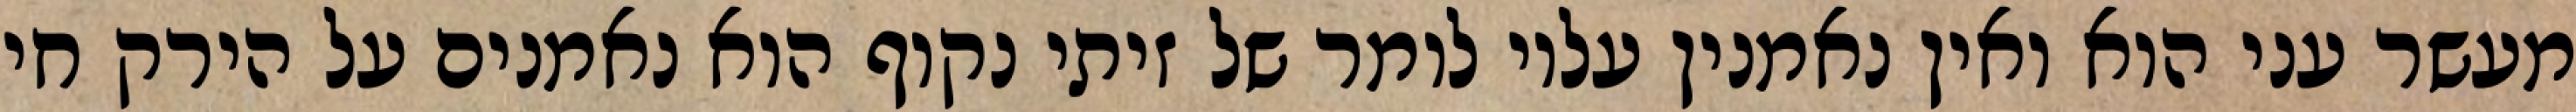
מעשר עני הוא ואין נאמנין עליו לומר של זיתי נקוף הוא נאמנים על הירק חי